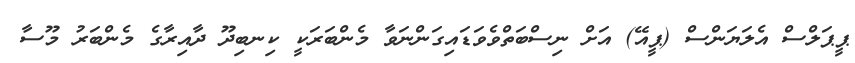
ޕީޕަލްސް އެލަޔަންސް (ޕީއޭ) އަށް ނިސްބަތްވެވަޑައިގަންނަވާ މެންބަރަކީ ކިނބިދޫ ދާއިރާގެ މެންބަރު މޫސާ